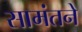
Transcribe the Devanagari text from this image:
सामंतने